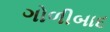
ગોળીબાદ